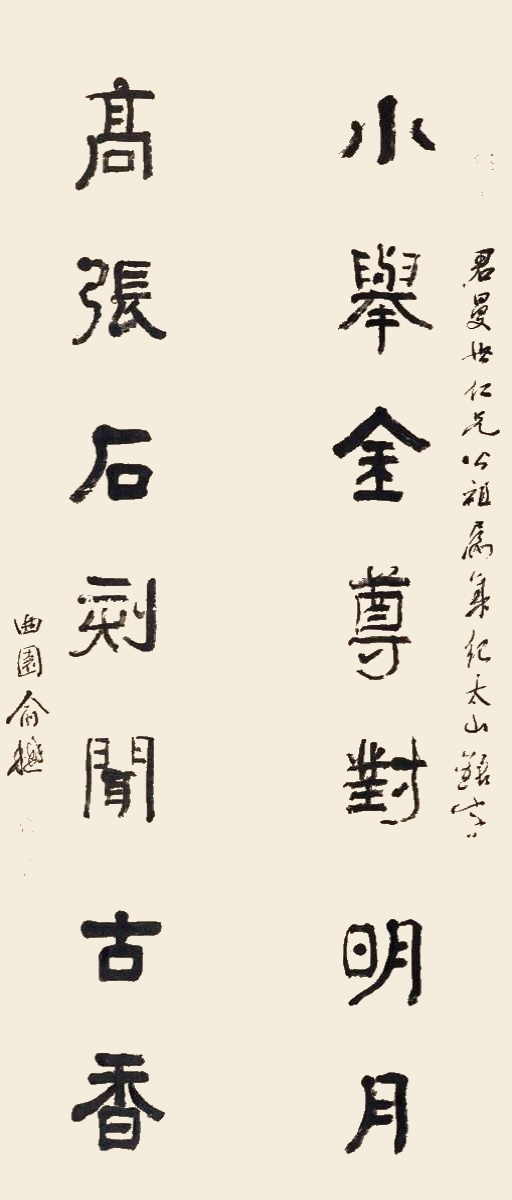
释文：小举金尊对明月，高张石刻闻古书。君曼世仁兄公祖属，集纪太山铭字，曲园俞樾。